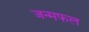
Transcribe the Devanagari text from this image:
जन्मफल